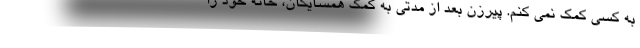
به کسی کمک نمی کنم. پیرزن بعد از مدتی به کمک همسایگان، خانه خود را